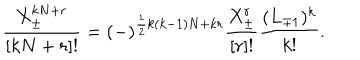
\frac { X _ { \pm } ^ { k N + r } } { [ k N + r ] ! } = ( - ) ^ { \frac { 1 } { 2 } k ( k - 1 ) N + k r } \frac { X _ { \pm } ^ { r } } { [ r ] ! } \frac { ( L _ { \mp 1 } ) ^ { k } } { k ! } .